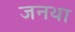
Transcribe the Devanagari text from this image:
जनथा